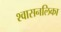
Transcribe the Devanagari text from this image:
श्‍वासनलिका